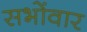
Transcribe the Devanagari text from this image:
सभोंवार